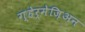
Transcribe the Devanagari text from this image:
ग़्हेर्मेज़िअन